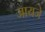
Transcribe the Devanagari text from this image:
जायजे